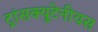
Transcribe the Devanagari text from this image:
ट्रांसक्यूटेनीयस